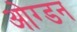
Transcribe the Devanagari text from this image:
ओग्डन